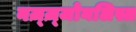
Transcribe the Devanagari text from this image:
नज़्ज़्जोनलिस्त